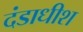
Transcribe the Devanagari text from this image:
दंडाधीश